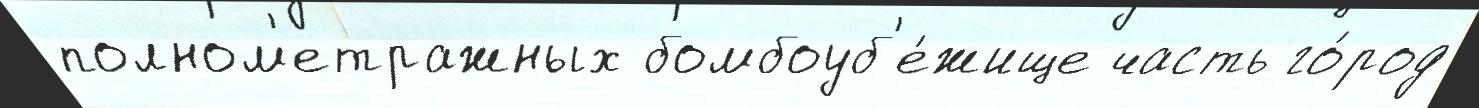
полном'етражных бомбоуб'е́жище часть го́род